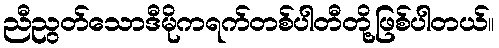
ညီညွတ်သောဒီမိုကရက်တစ်ပါတီတို့ဖြစ်ပါတယ်။